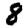
Digit: 8